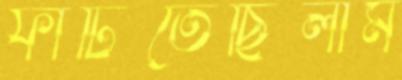
ফাটিতেছিলাম